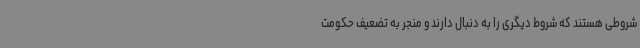
شروطی هستند که شروط دیگری را به دنبال دارند و منجر به تضعیف حکومت